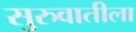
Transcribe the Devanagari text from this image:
सु्रुवातीला